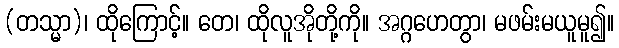
(တသ္မာ)၊ ထိုကြောင့်။ တေ၊ ထိုလူအိုတို့ကို။ အဂ္ဂဟေတွာ၊ မဖမ်းမယူမူ၍။